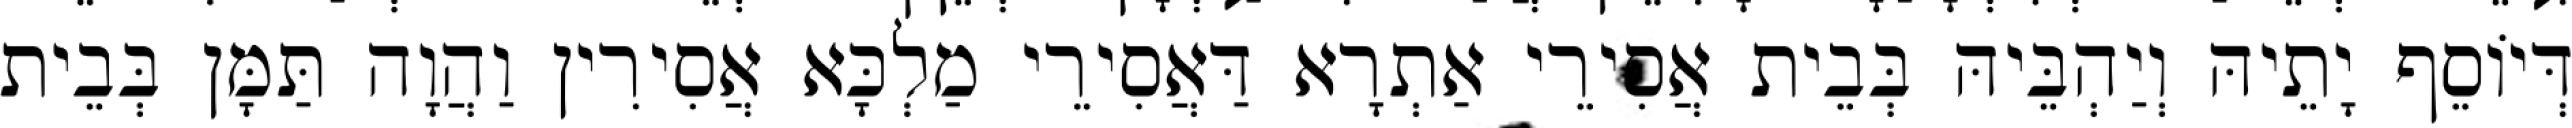
דְּיוֹסֵף יָתֵיהּ וְיַהְבֵּיהּ בְּבֵית אֲסִירֵי אַתְרָא דַּאֲסִירֵי מַלְכָּא אֲסִירִין וַהֲוָה תַּמָּן בְּבֵית